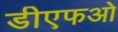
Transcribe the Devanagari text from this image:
डीएफओ